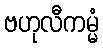
ဗဟုလီကမ္မံ